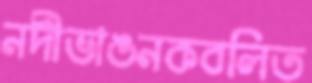
নদীভাঙনকবলিত